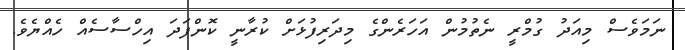
ނަމަވެސް މިއަދު ގުމްރީ ނެތުމުން އަހަރެންގެ މިދަރިފުޅަށް ކުރާނީ ކޮންފަދަ އިހްސާސެއް ހެއްޔެވެ.